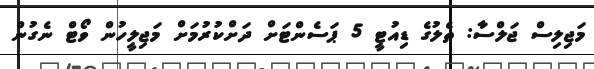
މަޖިލިސް ޖަލްސާ: ތެލުގެ ޑިއުޓީ 5 ޕަސެންޓަށް ދަށްކުރުމަށް މަޖިލީހުން ވޯޓް ނެގުން